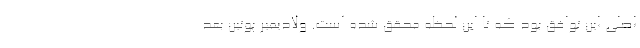
اصلی این توافق بود که تا این لحظه محقق شده است. ولادیمیر پوتین بعد